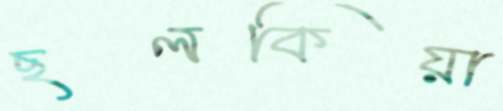
ছলকিয়া